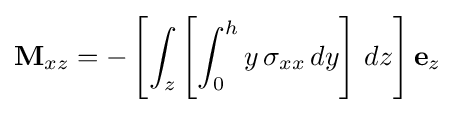
\mathbf {M} _{xz}=-\left[\int _{z}\left[\int _{0}^{h}y\,\sigma _{xx}\,dy\right]\,dz\right]\mathbf {e} _{z}